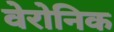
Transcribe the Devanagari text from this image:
वेरोनिक